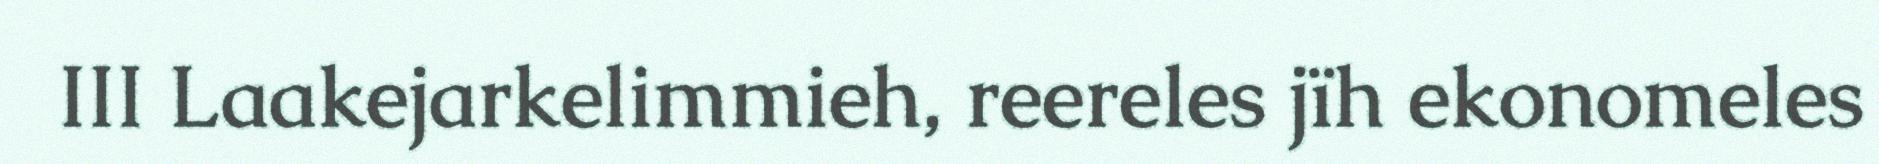
III Laakejarkelimmieh, reereles jïh ekonomeles